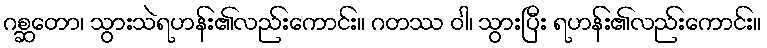
ဂစ္ဆတော၊ သွားသဲရဟန်း၏လည်းကောင်း။ ဂတဿ ဝါ၊ သွားပြီး ရဟန်း၏လည်းကောင်း။